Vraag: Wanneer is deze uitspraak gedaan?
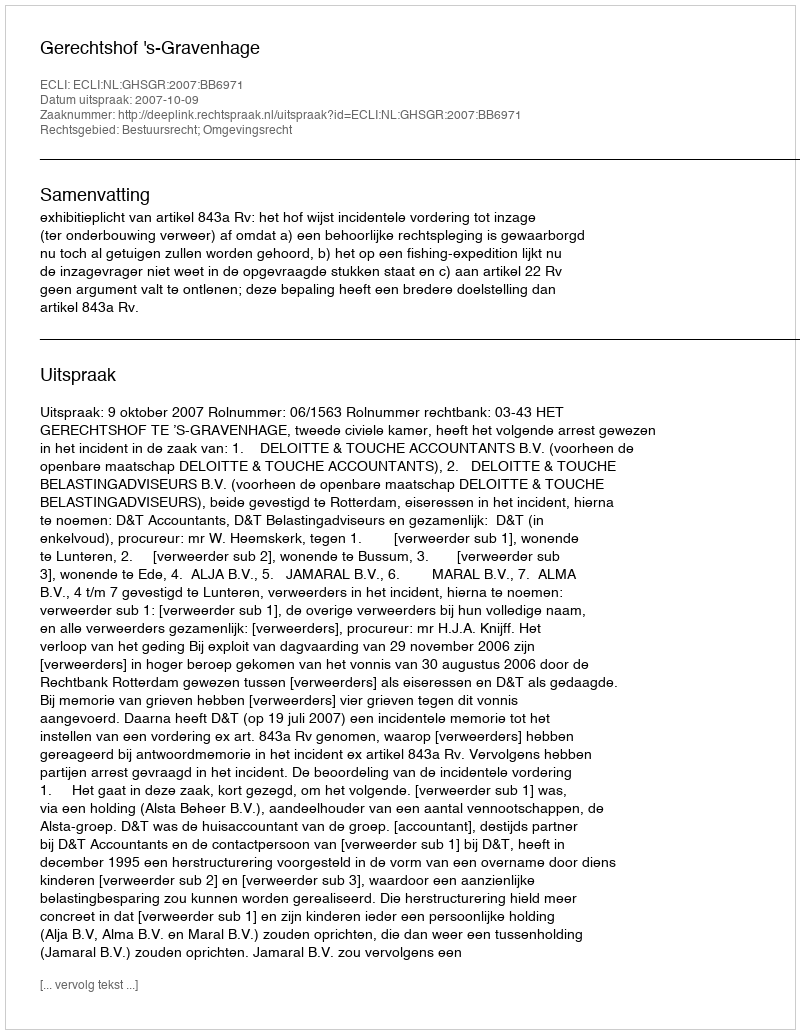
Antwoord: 2007-10-09